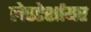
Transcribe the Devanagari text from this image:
लेस्टेर्शायर